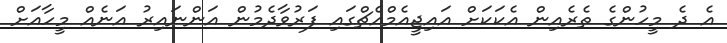
އެ ދެ މީހުންގެ ތެރެއިން އެކަކަށް އައިޖީއެމްއެޗްގައި ފަރުވާދެމުން އަންނައިރު އަނެއް މީހާއަށް